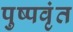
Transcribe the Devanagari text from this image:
पुष्पवृंत